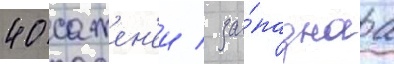
40 сажен'еи / за́паднаа